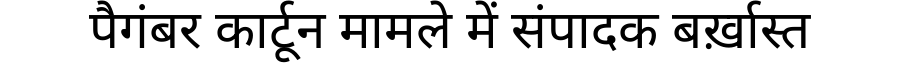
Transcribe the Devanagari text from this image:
पैगंबर कार्टून मामले में संपादक बर्ख़ास्त